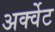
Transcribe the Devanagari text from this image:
अर्क्वेट